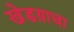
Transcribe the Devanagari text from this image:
खेडय़ाचा